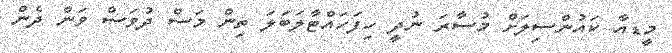
މީޑއާ ކައުންސިލަށް މުސާރަ ނުދީ ހިފަހައްޓާލަބަލަ ތިން މަސް ދުވަސް ވަން ދެން